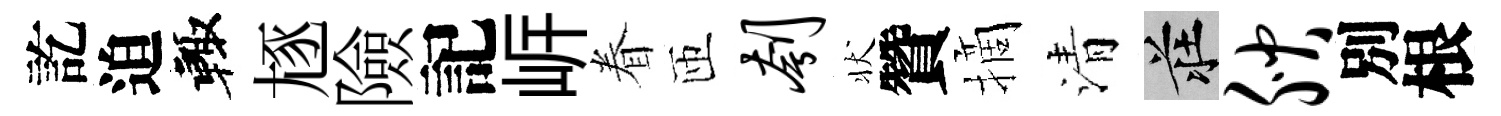
訖迫輙豗險記㟁眷匝刳状贊摘清莊腴別根